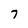
Character: 7